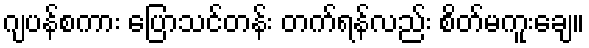
ဂျပန်စကား ပြောသင်တန်း တက်ရန်လည်း စိတ်မကူးချေ။